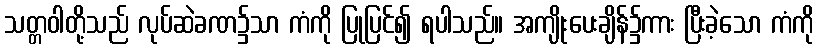
သတ္တဝါတို့သည် လုပ်ဆဲခဏ၌သာ ကံကို ပြုပြင်၍ ရပါသည်။ အကျိုးပေးချိန်၌ကား ပြီးခဲ့သော ကံကို